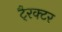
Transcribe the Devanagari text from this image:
टै्रक्टर